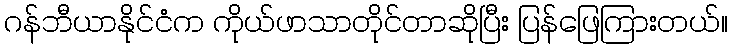
ဂန်ဘီယာနိုင်ငံက ကိုယ်ဖာသာတိုင်တာဆိုပြီး ပြန်ဖြေကြားတယ်။